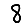
Digit: 8